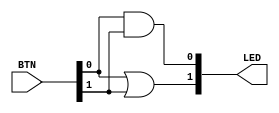
//----------------------------------------------------------------------------
//
//   11:   
//
//----------------------------------------------------------------------------

//----------------------------------------------------------------------------
//
//   1.    
//  (continuous assignments)
//
//----------------------------------------------------------------------------

module top_1
(
    output [1:0] LED,  //  
    input  [1:0] BTN   //  
);

    assign LED [0] = BTN [0] & BTN [1];
    assign LED [1] = BTN [0] | BTN [1];
    
endmodule

//----------------------------------------------------------------------------
//
//   2.  always-   
//  (blocking assignments)
//
//----------------------------------------------------------------------------

module top_2
(
    output reg [1:0] LED,  //  
    input      [1:0] BTN   //  
);

    always @*
    begin
        LED [0] = BTN [0] & BTN [1];
        LED [1] = BTN [0] | BTN [1];
    end

endmodule

//----------------------------------------------------------------------------
//
//   3.    and  or
//  (instances)
//
//----------------------------------------------------------------------------

module top_3
(
    output [1:0] LED,  //  
    input  [1:0] BTN   //  
);

    and and_i (LED [0], BTN [0], BTN [1]);
    or  or_i  (LED [1], BTN [0], BTN [1]);
    
endmodule